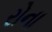
રોના